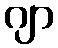
ဂျာ